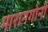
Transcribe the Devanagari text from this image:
मारानगोनी